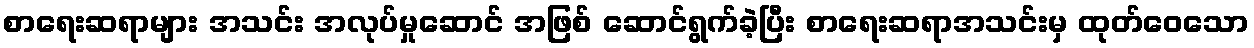
စာရေးဆရာများ အသင်း အလုပ်မှုဆောင် အဖြစ် ဆောင်ရွက်ခဲ့ပြီး စာရေးဆရာအသင်းမှ ထုတ်ဝေသော